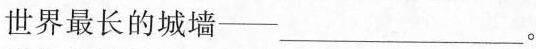
世界最长的城墙—___。